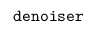
{ \tt d e n o i s e r }